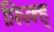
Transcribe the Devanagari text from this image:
फ़िक़्ह्